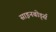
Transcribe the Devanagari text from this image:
साइनबोर्ड्स